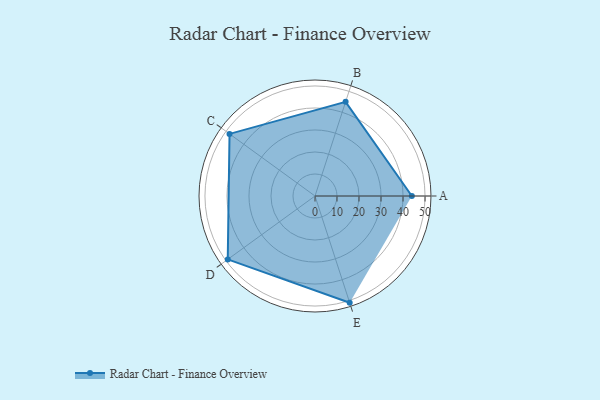
{"axis": {"x": "Skill", "y": "Score"}, "legend": ["Profile"], "data": [{"x": "A", "y": 44.0, "type": "Profile"}, {"x": "B", "y": 45.0, "type": "Profile"}, {"x": "C", "y": 48.0, "type": "Profile"}, {"x": "D", "y": 49.0, "type": "Profile"}, {"x": "E", "y": 51.0, "type": "Profile"}]}